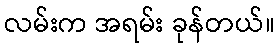
လမ်းက အရမ်း ခုန်တယ်။